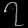
Digit: ၇